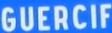
GUERCIF